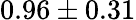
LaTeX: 0.96\pm 0.31